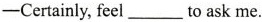
-Certainly, feel ___ to ask me.